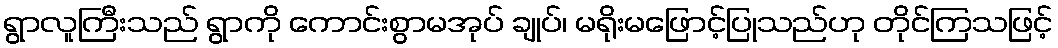
ရွာလူကြီးသည် ရွာကို ကောင်းစွာမအုပ် ချုပ်၊ မရိုးမဖြောင့်ပြုသည်ဟု တိုင်ကြသဖြင့်